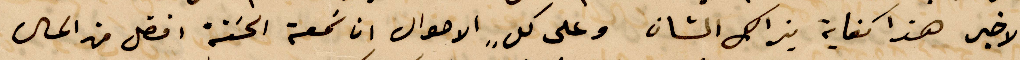
الأخير هذا كفاية بذلك الشن وعلى كل الأحوال ان سمعة الحسنة افضل من المال